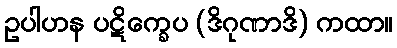
ဥပါဟန ပဋိက္ခေပ (ဒိဂုဏာဒိ) ကထာ။